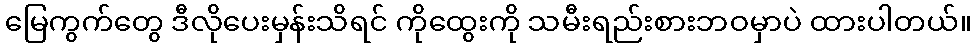
မြေကွက်တွေ ဒီလိုပေးမှန်းသိရင် ကိုထွေးကို သမီးရည်းစားဘဝမှာပဲ ထားပါတယ်။